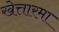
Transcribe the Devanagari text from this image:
खेत्तारमा